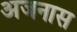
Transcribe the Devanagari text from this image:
अजनास